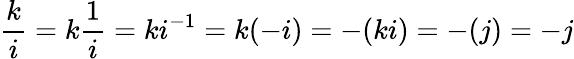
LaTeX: {\frac{k}{i}}=k{\frac{1}{i}}=ki^{-1}=k(-i)=-(ki)=-(j)=-j